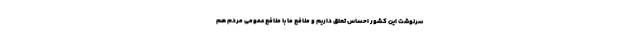
سرنوشت این کشور احساس تعلق داریم و منافع ما با منافع عمومی مردم هم